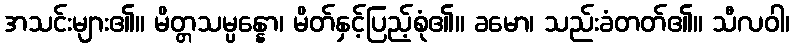
အသင်းများ၏။ မိတ္တသမ္ပန္နော၊ မိတ်နှင့်ပြည့်စုံ၏။ ခမော၊ သည်းခံတတ်၏။ သီလဝါ၊